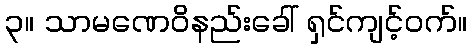
၃။ သာမဏေဝိနည်းခေါ် ရှင်ကျင့်ဝက်။